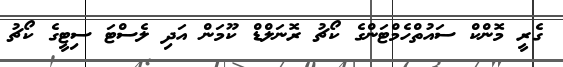
ގެރީ މޮންކް ސައުތްހެމްޓަންގެ ކޯޗު ރޮނަލްޑް ކޫމަން އަދި ލެސްޓަ ސިޓީގެ ކޯޗު